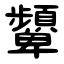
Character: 顰